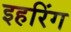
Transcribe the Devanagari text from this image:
इहरिंग